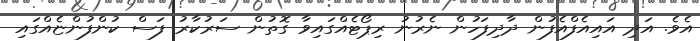
އެވެ. އަދި އައިއެފްއެފުން ދާދިފަހުން ނެރުނު ރިޕޯޓެއްގައިވާ ގޮތުން ސަރުކާރު ފަސް ކުންފުންޏެއްގައި